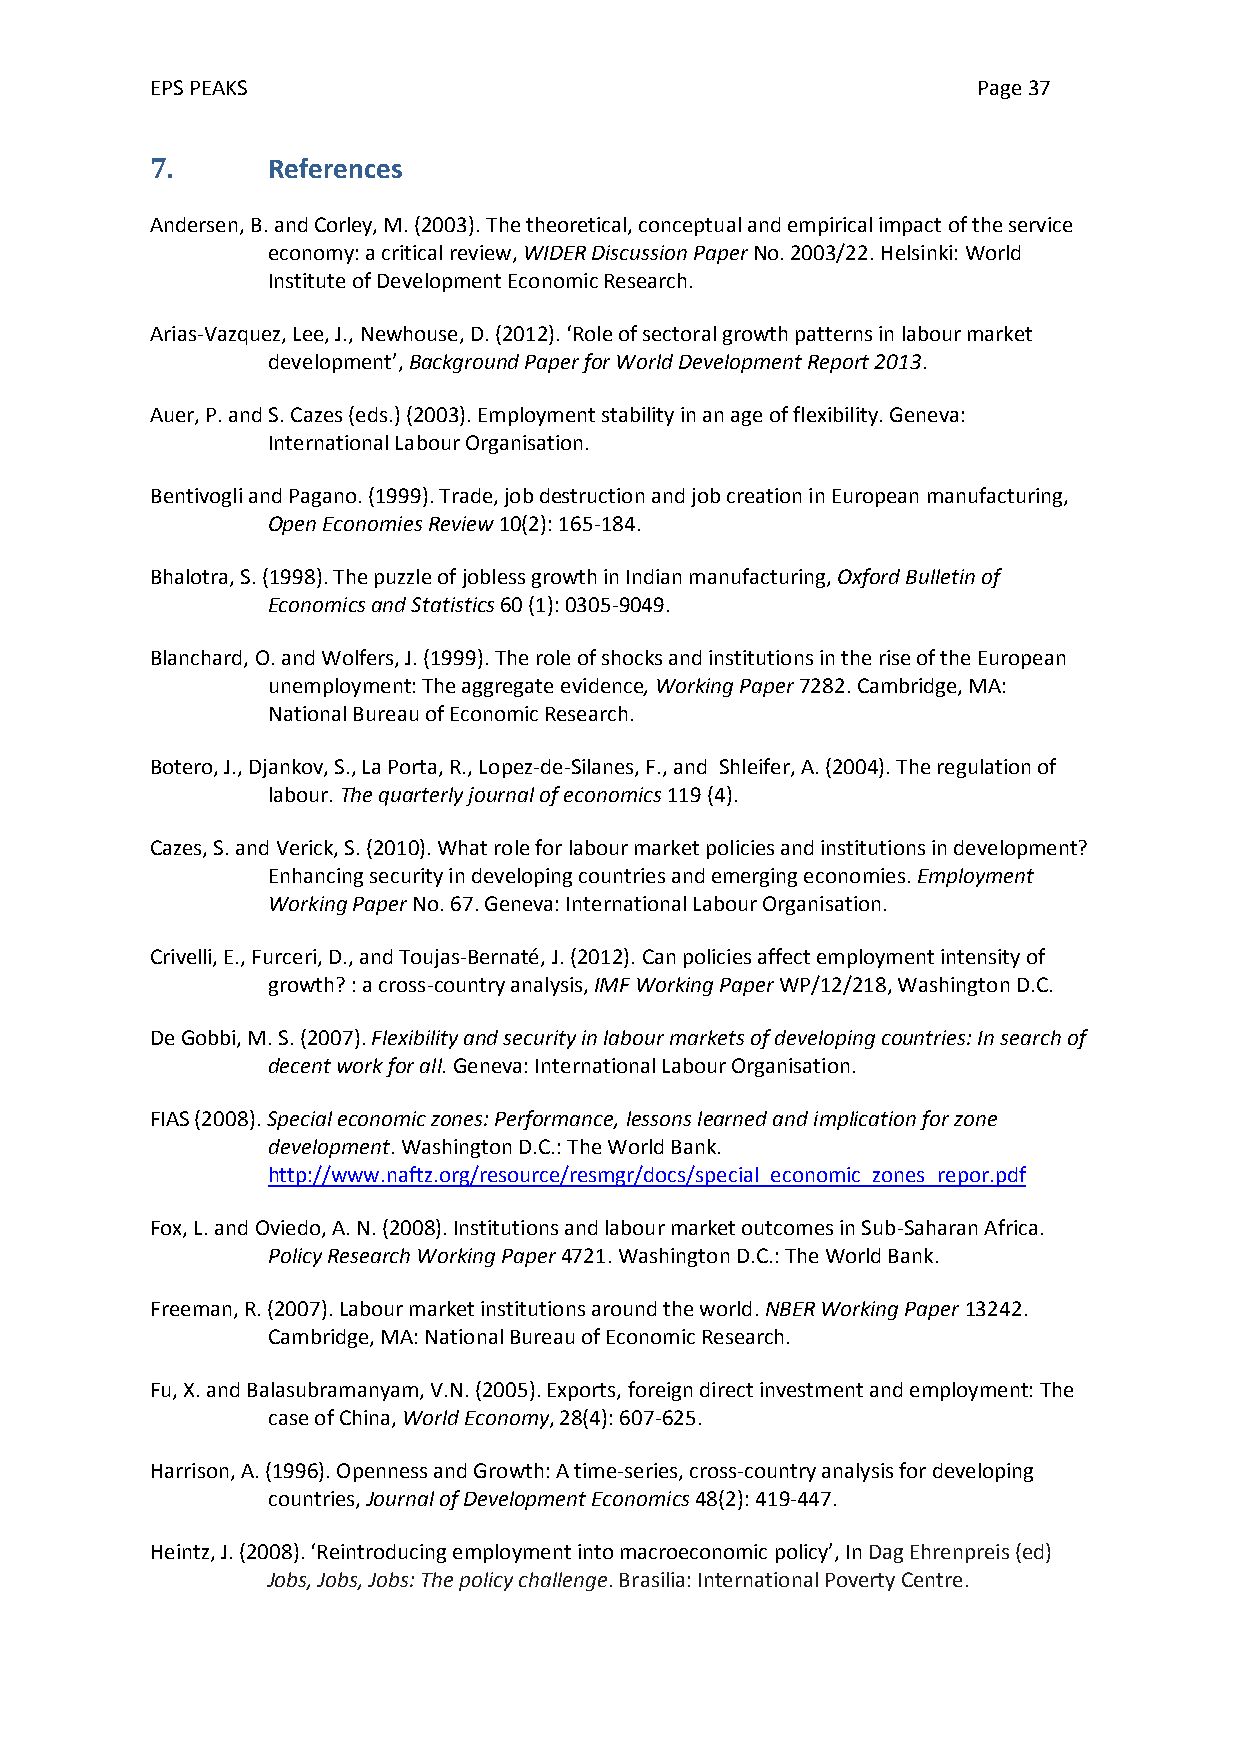
EPS PEAKS                                              Page 37
 7.      References
 Andersen, B. and Corley, M. (2003). The theoretical, conceptual and empirical impact of the service
 economy: a critical review, WIDER Discussion Paper No. 2003/22. Helsinki: World
 Institute of Development Economic Research.
 Arias-Vazquez, Lee, J., Newhouse, D. (2012). ‘Role of sectoral growth patterns in labour market
 development’, Background Paper for World Development Report 2013.
 Auer, P. and S. Cazes (eds.) (2003). Employment stability in an age of flexibility. Geneva:
 International Labour Organisation.
 Bentivogli and Pagano. (1999). Trade, job destruction and job creation in European manufacturing,
 Open Economies Review 10(2): 165-184.
 Bhalotra, S. (1998). The puzzle of jobless growth in Indian manufacturing, Oxford Bulletin of
 Economics and Statistics 60 (1): 0305-9049.
 Blanchard, O. and Wolfers, J. (1999). The role of shocks and institutions in the rise of the European
 unemployment: The aggregate evidence, Working Paper 7282. Cambridge, MA:
 National Bureau of Economic Research.
 Botero, J., Djankov, S., La Porta, R., Lopez-de-Silanes, F., and Shleifer, A. (2004). The regulation of
 labour. The quarterly journal of economics 119 (4).
 Cazes, S. and Verick, S. (2010). What role for labour market policies and institutions in development?
 Enhancing security in developing countries and emerging economies. Employment
 Working Paper No. 67. Geneva: International Labour Organisation.
 Crivelli, E., Furceri, D., and Toujas-Bernaté, J. (2012). Can policies affect employment intensity of
 growth? : a cross-country analysis, IMF Working Paper WP/12/218, Washington D.C.
 De Gobbi, M. S. (2007). Flexibility and security in labour markets of developing countries: In search of
 decent work for all. Geneva: International Labour Organisation.
 FIAS (2008). Special economic zones: Performance, lessons learned and implication for zone
 development. Washington D.C.: The World Bank.
 http://www.naftz.org/resource/resmgr/docs/special_economic_zones_repor.pdf
 Fox, L. and Oviedo, A. N. (2008). Institutions and labour market outcomes in Sub-Saharan Africa.
 Policy Research Working Paper 4721. Washington D.C.: The World Bank.
 Freeman, R. (2007). Labour market institutions around the world. NBER Working Paper 13242.
 Cambridge, MA: National Bureau of Economic Research.
 Fu, X. and Balasubramanyam, V.N. (2005). Exports, foreign direct investment and employment: The
 case of China, World Economy, 28(4): 607-625.
 Harrison, A. (1996). Openness and Growth: A time-series, cross-country analysis for developing
 countries, Journal of Development Economics 48(2): 419-447.
 Heintz, J. (2008). ‘Reintroducing employment into macroeconomic policy’, In Dag Ehrenpreis (ed)
 Jobs, Jobs, Jobs: The policy challenge. Brasilia: International Poverty Centre.